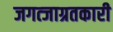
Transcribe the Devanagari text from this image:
जगत्जाग्रतकारी